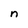
Character: n